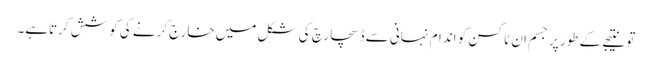
تو نتیجے کے طور پر جسم ان ٹاکسن کو اندام نہانی سے ڈسچارچ کی شکل میں خارج کرنے کی کوشش کرتاہے۔